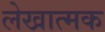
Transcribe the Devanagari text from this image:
लेखात्मक